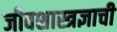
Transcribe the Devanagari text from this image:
जीवशास्त्रज्ञाची